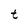
Character: t